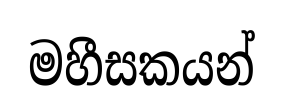
මහීසකයන්